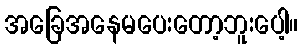
အခြေအနေမပေးတော့ဘူးပေါ့။